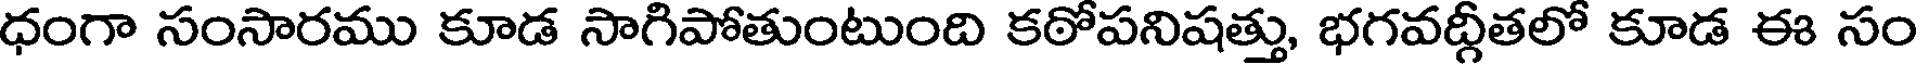
ధంగా సంసారము కూడ సాగిపోతుంటుంది కఠోపనిషత్తు, భగవద్గీతలో కూడ ఈ సం